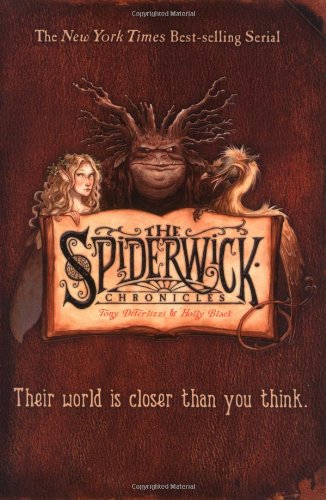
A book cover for The Spiderwick Chronicles (Boxed Set): The Field Guide; The Seeing Stone; Lucinda's Secret; The Ironwood Tree; The Wrath of Mulgrath; Holly Black; Children's Books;